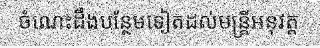
ចំណេះដឹងបន្ថែមទៀតដល់មន្ត្រីអនុវត្ត